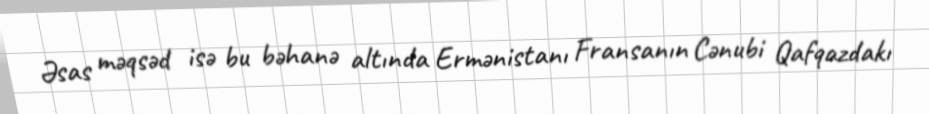
Əsas məqsəd isə bu bəhanə altında Ermənistanı Fransanın Cənubi Qafqazdakı